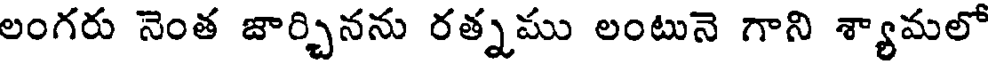
లంగరు నెంత జార్చినను రత్నము లంటునె గాని శ్యామలో